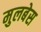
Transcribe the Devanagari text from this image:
मुलबेस